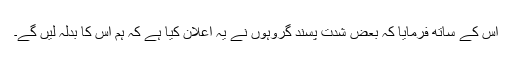
اس کے ساتھ فرمایا کہ بعض شدت پسند گروہوں نے یہ اعلان کیا ہے کہ ہم اس کا بدلہ لیں گے۔